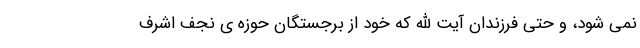
نمی شود، و حتی فرزندان آیت الله که خود از برجستگان حوزه ی نجف اشرف